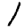
Digit: 1